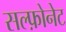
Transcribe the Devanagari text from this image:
सल्फ़ोनेट